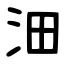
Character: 沺